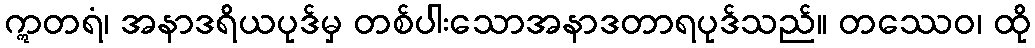
ဣတရံ၊ အနာဒရိယပုဒ်မှ တစ်ပါးသောအနာဒတာရပုဒ်သည်။ တဿေဝ၊ ထို